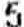
5